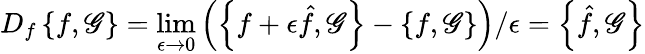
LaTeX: D_{f}\left\{ f,\mathscr{G}\right\} =\operatorname*{lim}_{\epsilon\to0}\left(\left\{ f+\epsilon{\hat{{f}}},\mathscr{G}\right\} -\left\{ f,\mathscr{G}\right\} \right)/\epsilon=\left\{ \hat{{f}},\mathscr{G}\right\}